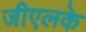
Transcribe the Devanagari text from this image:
जीएलके